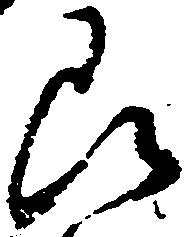
即